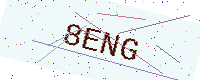
Text: 8ENG